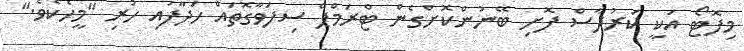
މިފޮޓޯ އަކީ ކަރުދާސް ފޮށި ބޭނުންކޮށްގެން ޓްރަމްޕް ސިފަވާގޮތައް ހަދާފައި ހުރި "މީހެކެވެ."